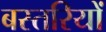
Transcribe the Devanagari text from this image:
बस्तरियों